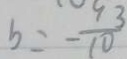
b = - \frac { 9 3 } { 1 0 }